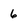
Character: 6